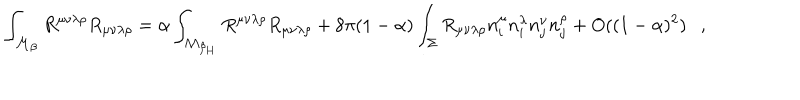
\int _ { { \cal M } _ { \beta } } R ^ { \mu \nu \lambda \rho } R _ { \mu \nu \lambda \rho } = \alpha \int _ { { \cal M } _ { \beta _ { H } } } R ^ { \mu \nu \lambda \rho } R _ { \mu \nu \lambda \rho } + 8 \pi ( 1 - \alpha ) \int _ { \Sigma } R _ { \mu \nu \lambda \rho } n _ { i } ^ { \mu } n _ { i } ^ { \lambda } n _ { j } ^ { \nu } n _ { j } ^ { \rho } + O ( ( 1 - \alpha ) ^ { 2 } ) ,